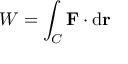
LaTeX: W = \int _ { C } \mathbf { F } \cdot \mathrm { d } \mathbf { r }